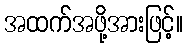
အထက်အဖို့အားဖြင့်။